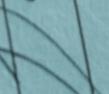
Signature authenticity: forged